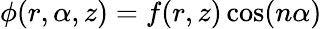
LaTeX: \phi(r,\alpha,z)=f(r,z)\cos(n\alpha)